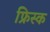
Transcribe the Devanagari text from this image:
फ्रिस्क